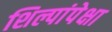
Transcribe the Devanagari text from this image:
शिल्पांपेक्षा